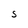
Character: S